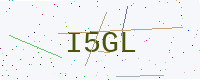
Text: I5GL